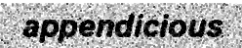
appendicious